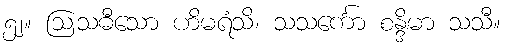
၅၂။ ဩသဓီသော ဟိမရံသိ၊ သသင်္ကော စန္ဒိမာ သသီ။